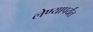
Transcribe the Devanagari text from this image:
लेण्यापर्यंत